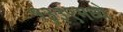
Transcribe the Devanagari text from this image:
१३३९मध्ये